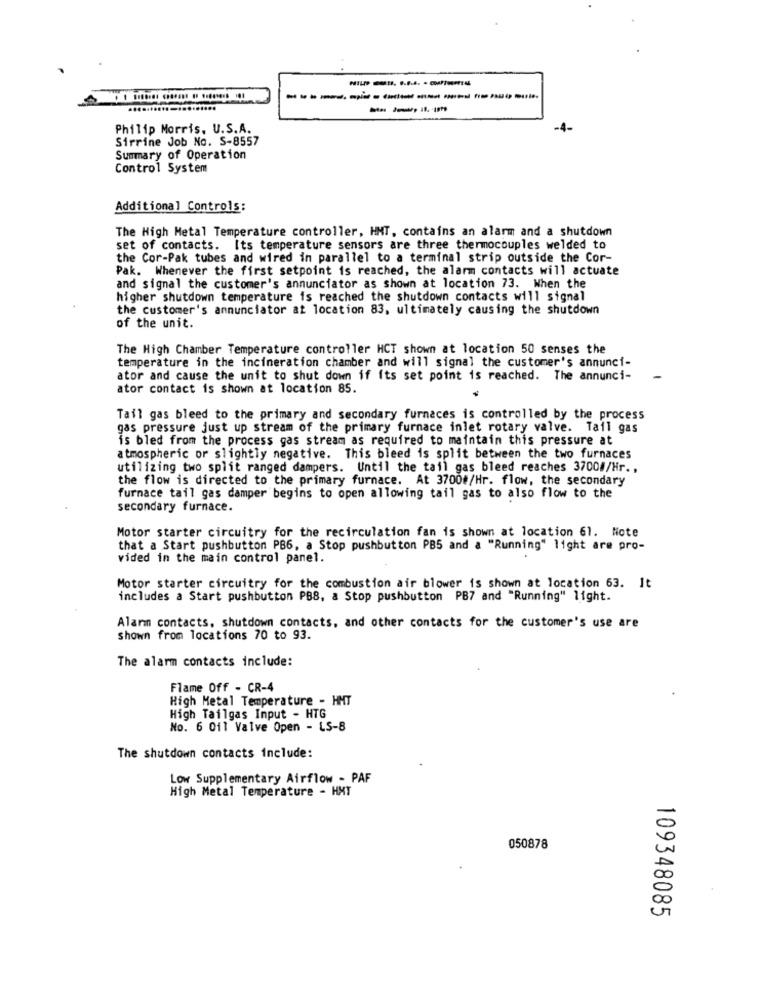
----------------
Philip Morris, U.S.A.
-4-
Sirrine Job No. S-8557
Summary of Operation
Control System
Additional Controls:
The High Metal Temperature controller, HMT, contains an alarm and a shutdown
set of contacts. Its temperature sensors are three thermocouples welded to
the Cor-Pak tubes and wired in parallel to a terminal strip outside the Cor-
Pak. Whenever the first setpoint is reached, the alarm contacts will actuate
and signal the customer's annunciator as shown at location 73. When the
higher shutdown temperature is reached the shutdown contacts will signal
the customer's annunciator at location 83, ultimately causing the shutdown
of the unit.
The High Chamber Temperature controller HCT shown at location 50 senses the
temperature in the incineration chamber and will signal the customer's annunci-
ator and cause the unit to shut down if its set point is reached. The annunci-
ator contact is shown at location 85.
Tail gas bleed to the primary and secondary furnaces is controlled by the process
gas pressure just up stream of the primary furnace inlet rotary valve. Tail gas
is bled from the process gas stream as required to maintain this pressure at
atmospheric or slightly negative. This bleed is split between the two furnaces
utilizing two split ranged dampers. Until the tail gas bleed reaches 3700#/Hr .,
the flow is directed to the primary furnace. At 3700#/Hr. flow, the secondary
furnace tail gas damper begins to open allowing tail gas to also flow to the
secondary furnace.
Motor starter circuitry for the recirculation fan is shown at location 61. Note
that a Start pushbutton PB6, a Stop pushbutton PB5 and a "Running" light are pro-
vided in the main control panel.
Motor starter circuitry for the combustion air blower is shown at location 63. It
includes a Start pushbutton PBS, a Stop pushbutton PB7 and "Running" light.
Alann contacts, shutdown contacts, and other contacts for the customer's use are
Shown from locations 70 to 93.
The alarm contacts include:
Flame Off - CR-4
High Metal Temperature - HMT
High Tailgas Input - HTG
No. 6 0il Valve Open - LS-8
The shutdown contacts include:
Low Supplementary Airflow - PAF
High Metal Temperature - HMT
050878
109348085